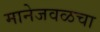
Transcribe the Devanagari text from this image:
मानेजवळचा